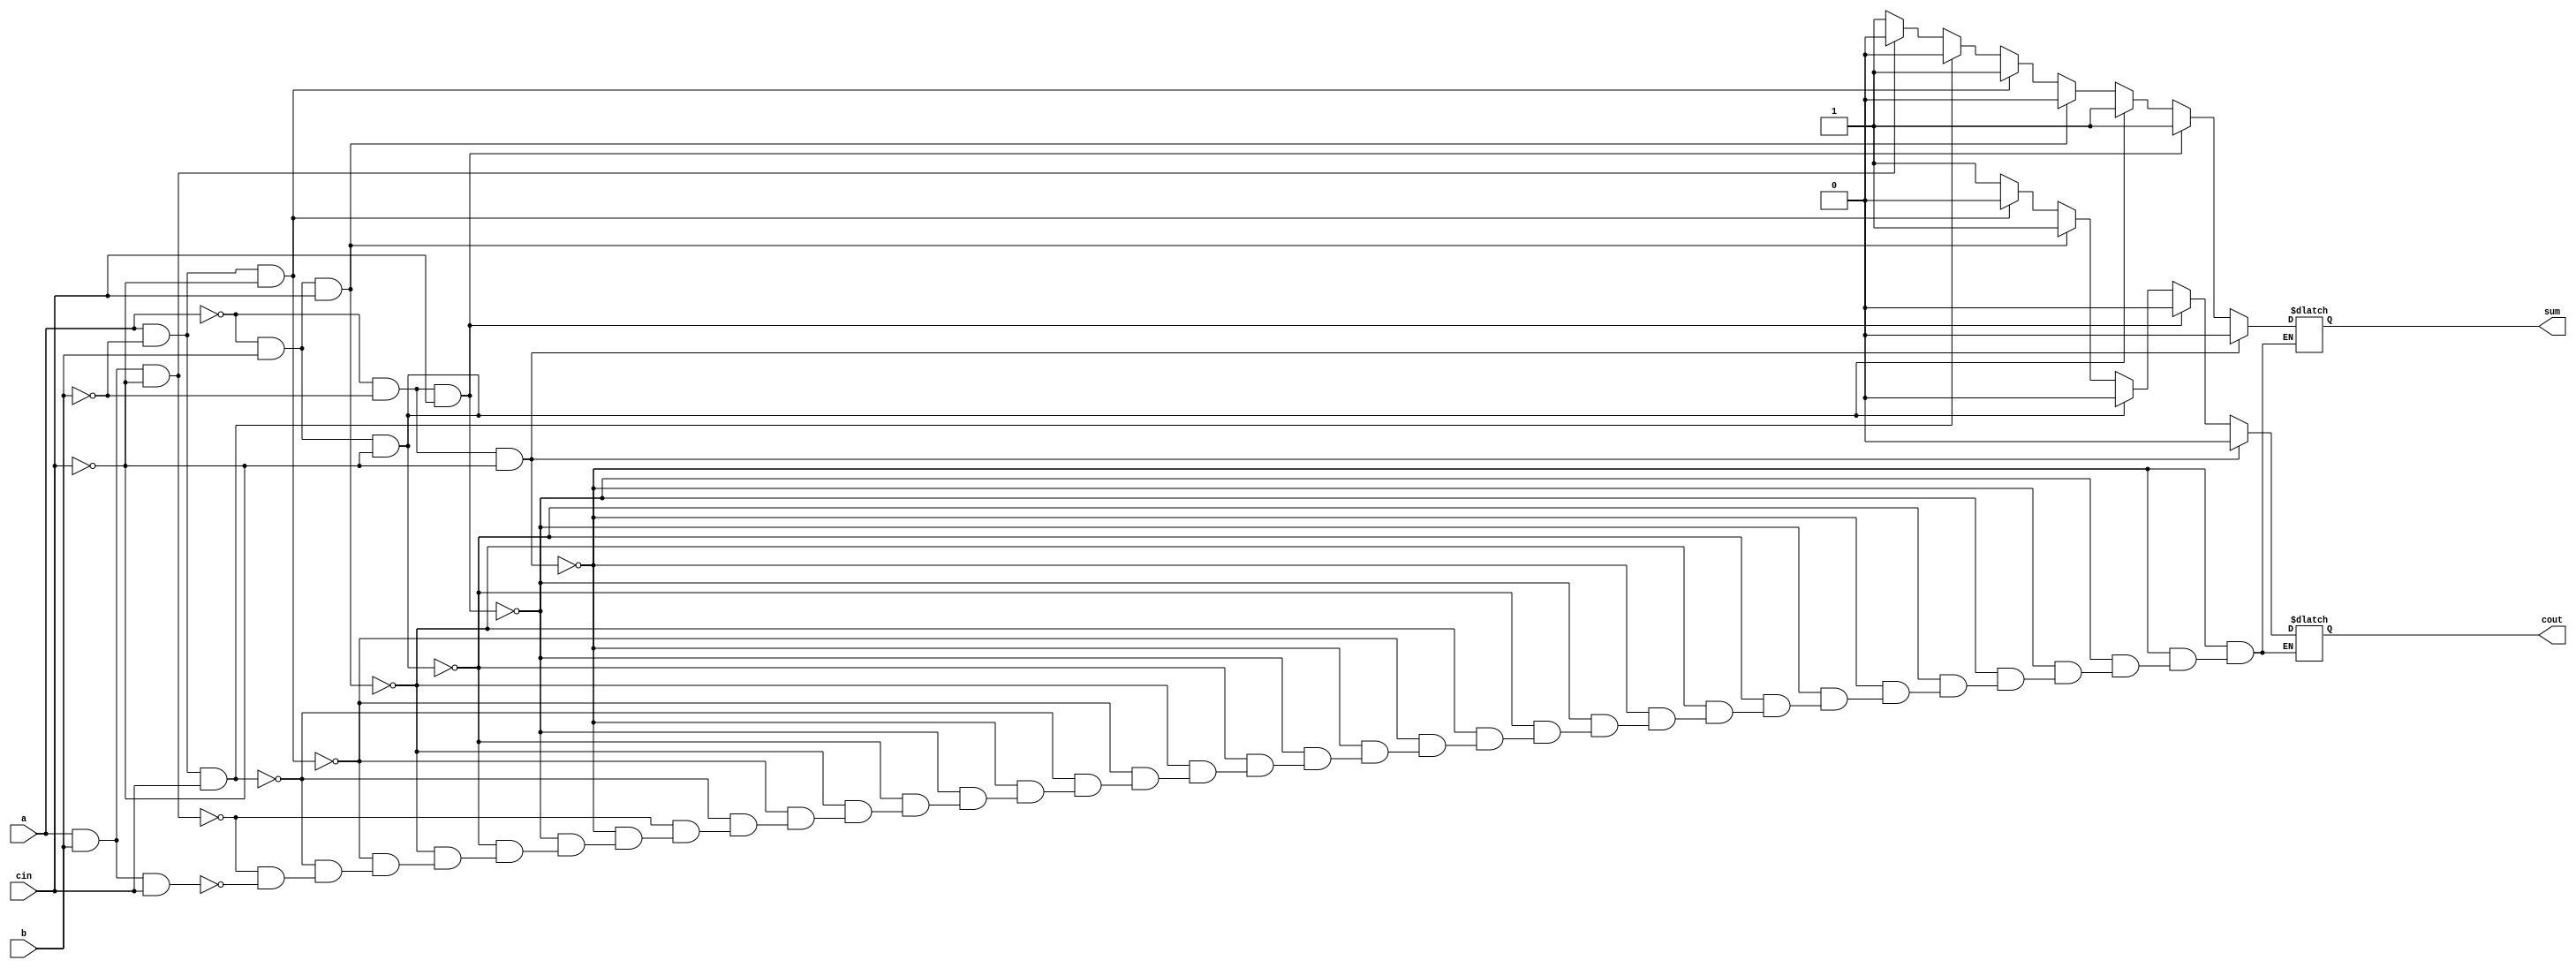
module Full_Adder_if_else(
input a,
input b,
input cin,
output reg sum,
output reg cout
);
always@(a or b or cin)
begin
if (a == 0 & b == 0 & cin== 0)
 begin 
 sum = 0; cout = 0;
 end
 else if (a == 0 & b == 0 & cin == 1)
 begin 
 sum = 1; cout = 0;
 end 
  else if (a == 0 & b == 1 & cin == 0)
 begin 
 sum = 1; cout = 0;
 end  else if (a == 0 & b == 1 & cin == 1)
 begin 
 sum = 0; cout = 1;
 end  else if (a == 1 & b == 0 & cin == 0)
 begin 
 sum = 1; cout = 0;
 end  else if (a == 1 & b == 0 & cin == 1)
 begin 
 sum = 0; cout = 1;
 end  else if (a == 1 & b == 1 & cin == 0)
 begin 
 sum = 0; cout = 1;
 end  else if (a == 1 & b == 1 & cin == 1)
 begin 
 sum = 1; cout = 1;
 end 
end
endmodule